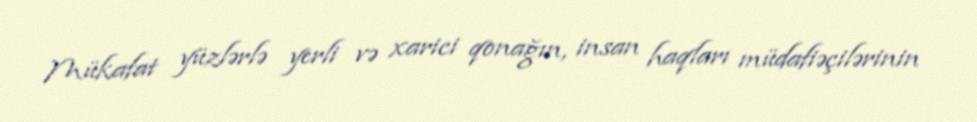
Mükafat yüzlərlə yerli və xarici qonağın, insan haqları müdafiəçilərinin